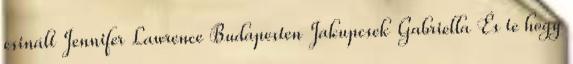
csinált Jennifer Lawrence Budapesten Jakupcsek Gabriella És te hogy